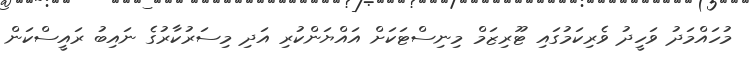
މުހައްމަދު ވަހީދު ވެރިކަމުގައި ޓޫރިޒަމް މިނިސްޓަކަށް އައްޔަންކުރި އަދި މިސަރުކާރުގެ ނައިބު ރައީސްކަން